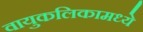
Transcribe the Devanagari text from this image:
वायुकलिकामध्ये